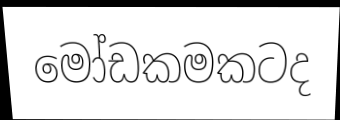
මෝඩකමකටද